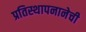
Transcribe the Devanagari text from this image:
प्रतिस्थापनानेची